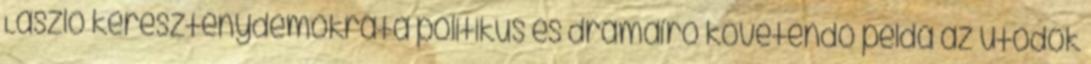
László kereszténydemokrata politikus és drámaíró követendő példa az utódok